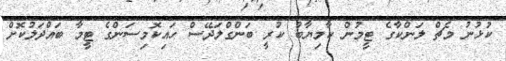
ކުޅުނު މެޗް ލަންކާގެ ޓީމުން ކާމިޔާބު ކުރީ ބަންގްލަދޭސް ހައިކޮމިސަންގެ ޓީމާ ބައްދަލުކޮށް